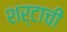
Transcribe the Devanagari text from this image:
शर्टाची